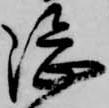
隈